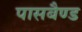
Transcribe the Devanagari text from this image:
पासबैण्ड